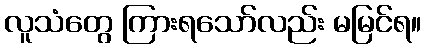
လူသံတွေ ကြားရသော်လည်း မမြင်ရ။